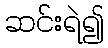
ဆင်းရဲ၍